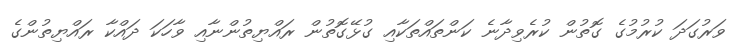
ވަރުގަދަ ކުރުމުގެ ގޮތުން ކުރެވިދާނެ ކަންތައްތަކާއި ގުޅޭގޮތުން ރައްޔިތުންނާއި ވާހަކަ ދައްކާ ރައްޔިތުންގެ